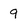
Character: 9